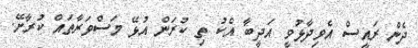
ދެން ރައީސް އެވިދާޅުވީ އަދީބާ އެކު ތި ކުރަން އުޅޭ މަސްވަރާތައް ކުރާށޭ.